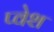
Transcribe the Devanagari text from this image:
प्वेश